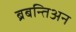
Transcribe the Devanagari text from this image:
ब्रबन्तिअन